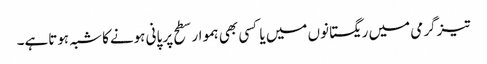
تیزگرمی میں ریگستانوں میں یا کسی بھی ہموار سطح پر پانی ہونےکا شبہ ہوتاہے۔